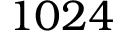
1 0 2 4